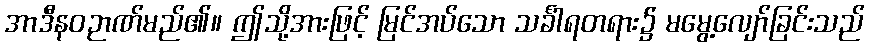
အာဒီနဝဉာဏ်မည်၏။ ဤသို့အားဖြင့် မြင်အပ်သော သင်္ခါရတရား၌ မမွေ့လျော်ခြင်းသည်